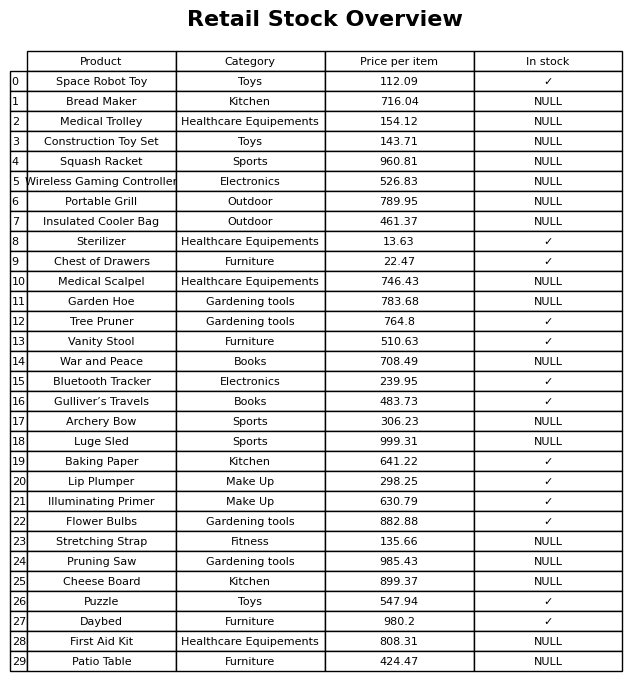
question: Is the Medical Trolley in stock?
answer: NULL